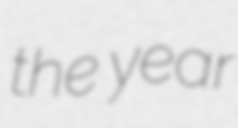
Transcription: the year